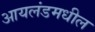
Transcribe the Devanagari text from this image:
आयलंडमधील